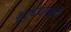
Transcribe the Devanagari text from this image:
कुटुंबीयांसाठी